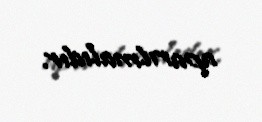
aparılmalıdır.